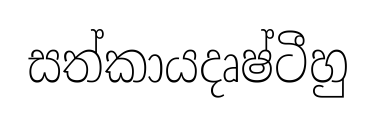
සත්කායදෘෂ්ටීහු